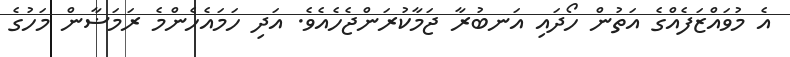
އެ މުވައްޒަފެއްގެ އަތުން ހޯދައި އަނބުރާ ޖަމާކުރަންޖެހެއެވެ. އަދި ހަމައެހެންމެ ރަމަޟާން މަހުގެ